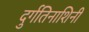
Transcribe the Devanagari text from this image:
दुर्गतिनाशिनी